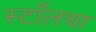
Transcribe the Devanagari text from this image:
स्टाँलचा